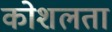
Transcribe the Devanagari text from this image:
कोशलता